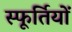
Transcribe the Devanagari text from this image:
स्फूर्तियों